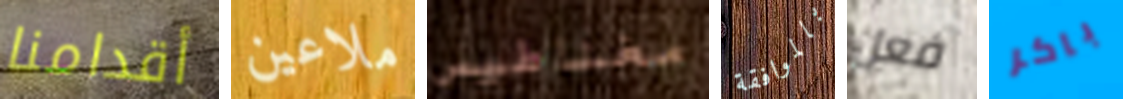
أقدامنا ملاعين مغناطيس بالموافقة فعل باكر